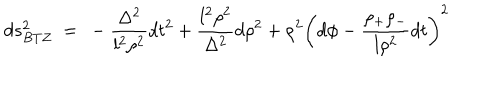
d s _ { B T Z } ^ { 2 } ~ = ~ - \frac { \Delta ^ { 2 } } { l ^ { 2 } \rho ^ { 2 } } d t ^ { 2 } + \frac { l ^ { 2 } \rho ^ { 2 } } { \Delta ^ { 2 } } d \rho ^ { 2 } + \rho ^ { 2 } \left( d \phi - \frac { \rho _ { + } \rho _ { - } } { l \rho ^ { 2 } } d t \right) ^ { 2 }